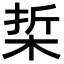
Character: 梊